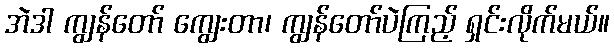
အဲဒါ ကျွန်တော် ကျွေးတာ၊ ကျွန်တော်ပဲကြည့် ရှင်းလိုက်မယ်။